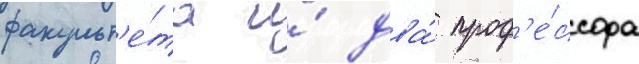
факульт'е́та и́ два́ проф'е́ссора